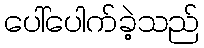
ပေါ်ပေါက်ခဲ့သည်